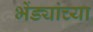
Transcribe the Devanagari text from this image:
भेंड्यांच्या